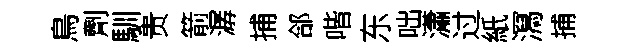
鳥劑馴贵箭潺捕郃喈东咄瀟过紙㵼捕